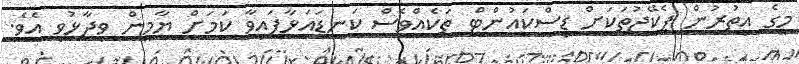
މީގެ އިތުރުން ޕެކޭޖުތަކަށް ޑިސްކައުންޓް ތަކެއްވެސް ކަނޑައަޅާފައިވާ ކަމަށް ޔާމީން ވިދާޅުވި އެވެ.